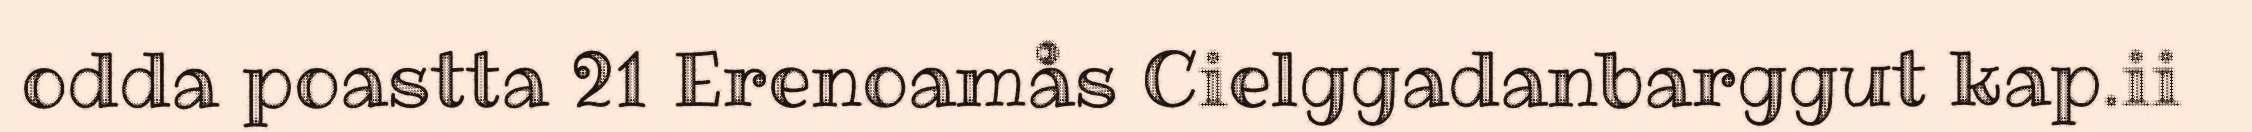
odda poastta 21 Erenoamås Cielggadanbarggut kap.ii